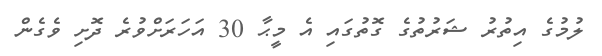
ލުމުގެ އިތުރު ޝަރުތުގެ ގޮތުގައި އެ މީޙާ 30 އަހަރަށްވުރެ ދޮށި ވެގެން